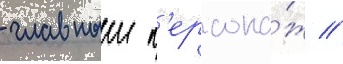
- главныи п'ерсона́ж //